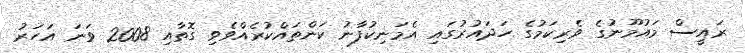
ރައީސް މައުމޫނުގެ ވެރިކަމުގެ ހަދައުރުގައި އެމަނިކުފާނު ކަންތައްކުރެއްވެވި ގޮތާއި 2008 ވަނަ އަހަރު